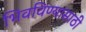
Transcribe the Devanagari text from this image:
भिवविण्यासाठी